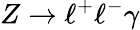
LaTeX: Z\to\ell^{+}\ell^{-}\gamma